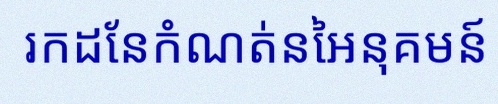
រកដែនកំណត់នៃអនុគមន៍